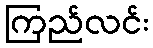
ကြည်လင်း